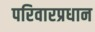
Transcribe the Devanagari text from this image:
परिवारप्रधान